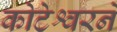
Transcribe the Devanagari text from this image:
कोटेश्वरने